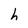
Character: h